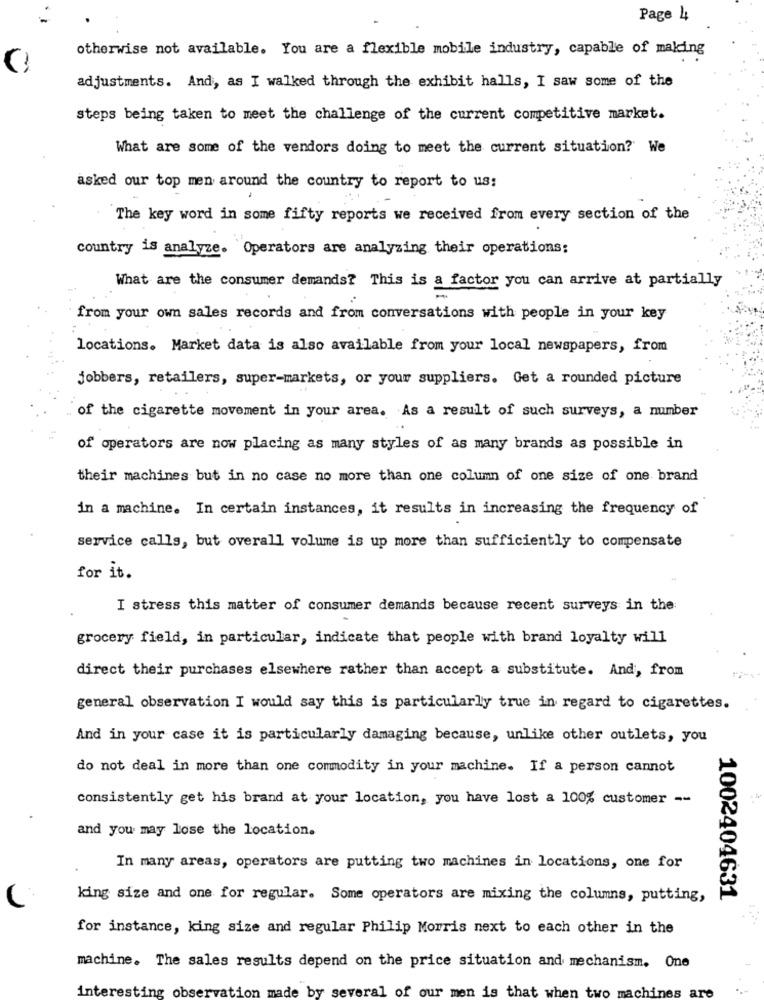
Page 4
otherwise not available. You are a flexible mobile industry, capable of making
adjustments. And, as I walked through the exhibit halls, I saw some of the
steps being taken to meet the challenge of the current competitive market.
What are some of the vendors doing to meet the current situation? We
asked our top men around the country to report to us:
The key word in some fifty reports we received from every section of the
country is analyze. Operators are analyzing their operations;
What are the consumer demands? This is a factor you can arrive at partially
from your own sales records and from conversations with people in your key
locations. Market data is also available from your local newspapers, from
jobbers, retailers, super-markets, or your suppliers. Get a rounded picture
of the cigarette movement in your area. As a result of such surveys, a number
of operators are now placing as many styles of as many brands as possible in
their machines but in no case no more than one column of one size of one brand
in a machine. In certain instances, it results in increasing the frequency of
service calls, but overall volume is up more than sufficiently to compensate
for it.
I stress this matter of consumer demands because recent surveys in the
grocery field, in particular, indicate that people with brand loyalty will
direct their purchases elsewhere rather than accept a substitute. And, from
general observation I would say this is particularly true in regard to cigarettes.
And in your case it is particularly damaging because, unlike other outlets, you
do not deal in more than one commodity in your machine. If a person cannot
consistently get his brand at your location, you have lost a 100% customer --
and you may lose the location.
In many areas, operators are putting two machines in locations, one for
king size and one for regular. Some operators are mixing the columns, putting,
1002404631
for instance, king size and regular Philip Morris next to each other in the
machine. The sales results depend on the price situation and mechanism. One
interesting observation made by several of our men is that when two machines are
..